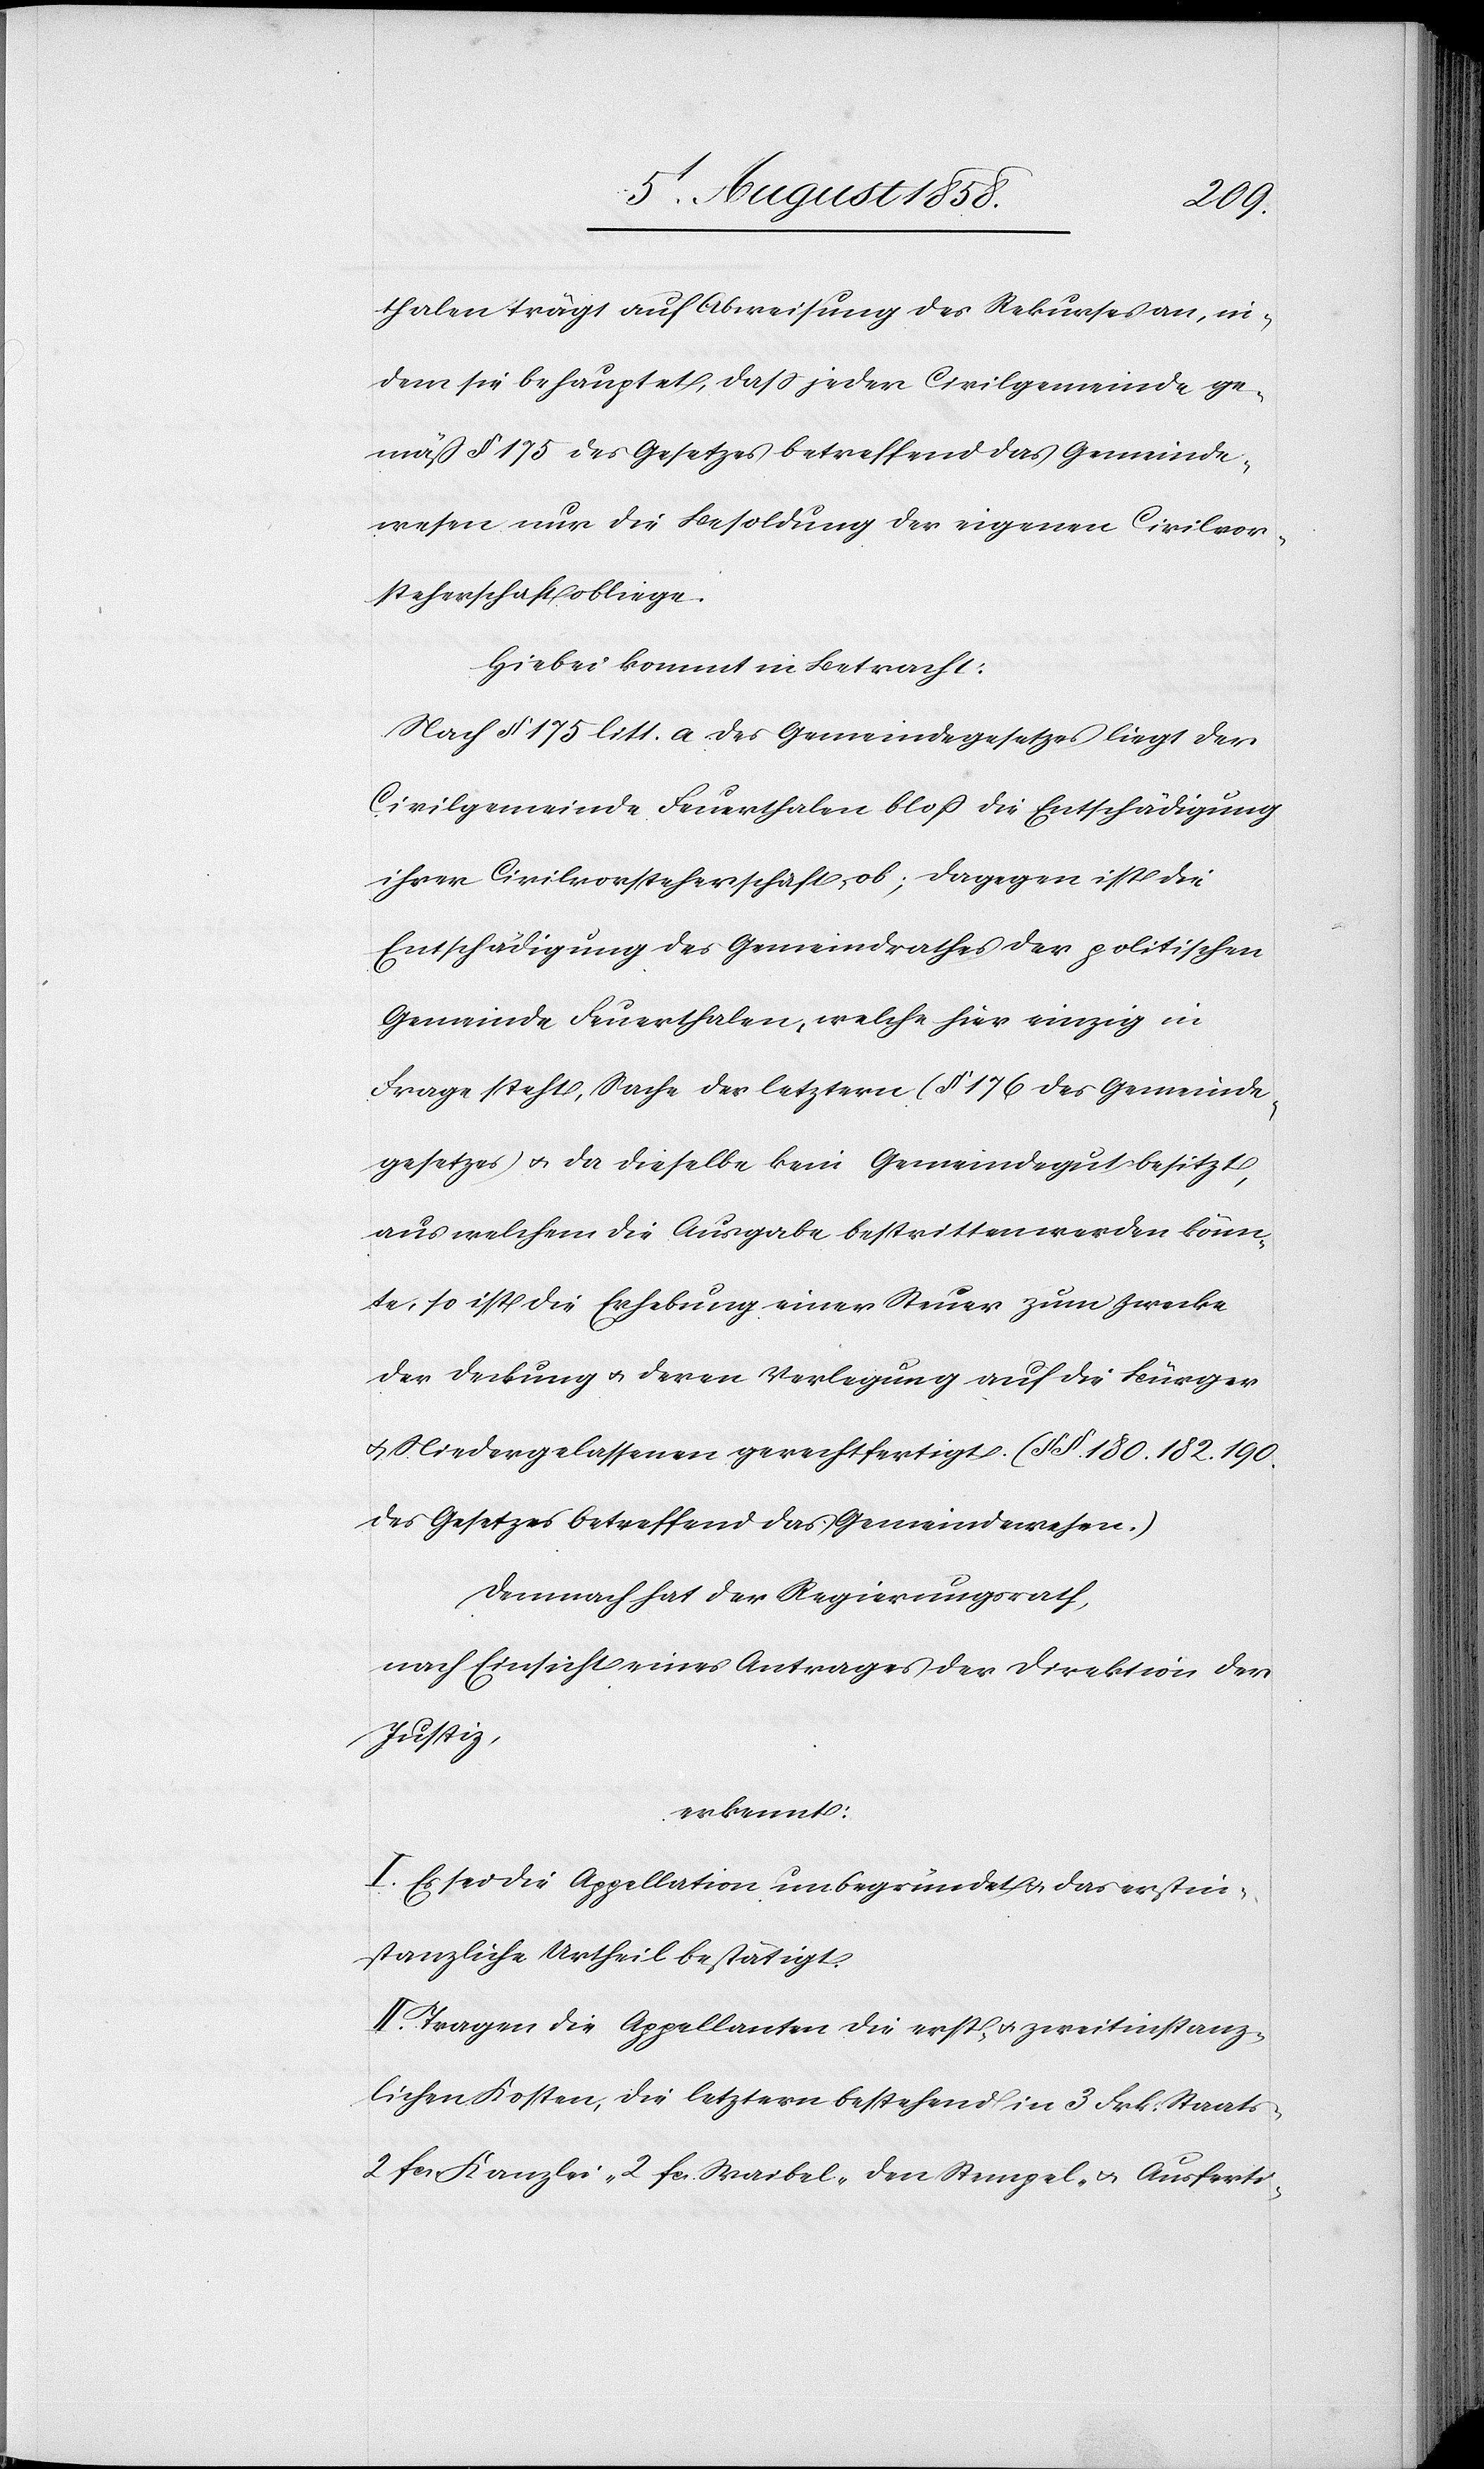
thalen trägt auf Abweisung des Rekurses an, in¬
dem sie behauptet, dass jeder Civilgemeinde ge¬
mäss § 175 des Gesetzes betreffend das Gemeinde¬
wesen nur die Besoldung der eigenen Civilvor¬
steherschaft obliege.
Hiebei kommt in Betracht:
Nach § 175 litt. a des Gemeindegesetzes liegt der
Civilgemeinde Feuerthalen bloß die Entschädigung
ihrer Civilvorsteherschaft ob; dagegen ist die
Entschädigung des Gemeindrathes der politischen
Gemeinde Feuerthalen, welche hier einzig in
Frage steht, Sache der letztern (§ 176 des Gemeinde¬
gesetzes) & da dieselbe kein Gemeindegut besitzt,
aus welchem die Ausgabe bestritten werden könn¬
te, so ist die Erhebung einer Steuer zum Zwecke
der Deckung & deren Verlegung auf die Bürger
& Niedergelassenen gerechtfertigt. (§§. 180. 182. 190
des Gesetzes betreffend das Gemeindewesen.)
Demnach hat der Regierungsrath,
nach Einsicht eines Antrages der Direktion der
Justiz,
erkennt:
I. Es sei die Appellation unbegründet & das erstin¬
stanzliche Urtheil bestätigt.
II. Tragen die Appellanten die erst- & zweitinstanz¬
lichen Kosten, die letztern bestehend in 3 Frk. Staats-[,]
2 fcs. Kanzlei-[,] 2 fcs. Waibel-[,] den Stempel- & Ausferti-